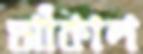
আঁকাল